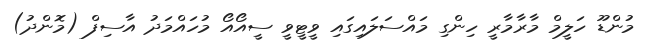
މުންޑޫ ހަލީމް މާރާމާރީ ހިންގި މައްސަލައިގައި ވީޓީވީ ސީއޯއޯ މުހައްމަދު އާސިފް (މޮންދު)